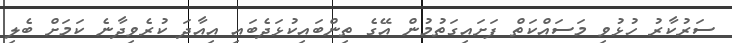
ސަރުކާރު ހުޅުވި މަސައްކަތް ފަށައިގަތުމުން އޭގެ ތިންބައިކުޅަދެބައި އިއާދަ ކުރެވިދާނެ ކަމަށް ބެލި